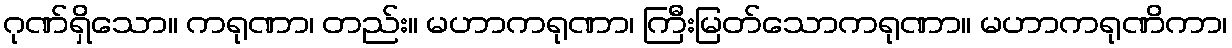
ဂုဏ်ရှိသော။ ကရုဏာ၊ တည်း။ မဟာကရုဏာ၊ ကြီးမြတ်သောကရုဏာ။ မဟာကရုဏိကာ၊